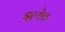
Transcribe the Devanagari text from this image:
इत्येव